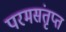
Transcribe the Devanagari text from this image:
परमसंतृप्त